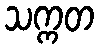
သက္ကတ